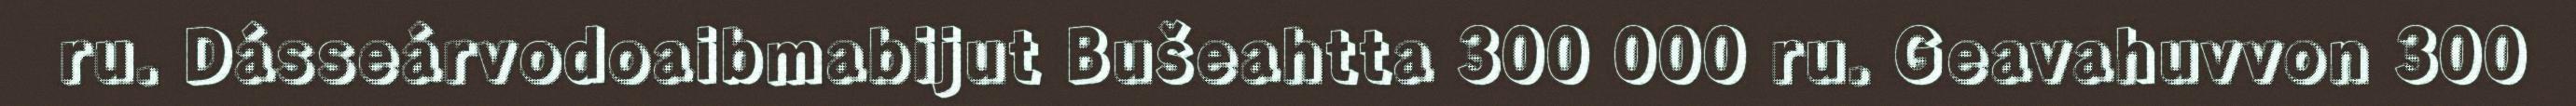
ru. Dásseárvodoaibmabijut Bušeahtta 300 000 ru. Geavahuvvon 300